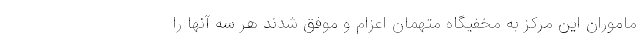
ماموران این مرکز به مخفیگاه متهمان اعزام و موفق شدند هر سه آنها را